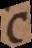
C